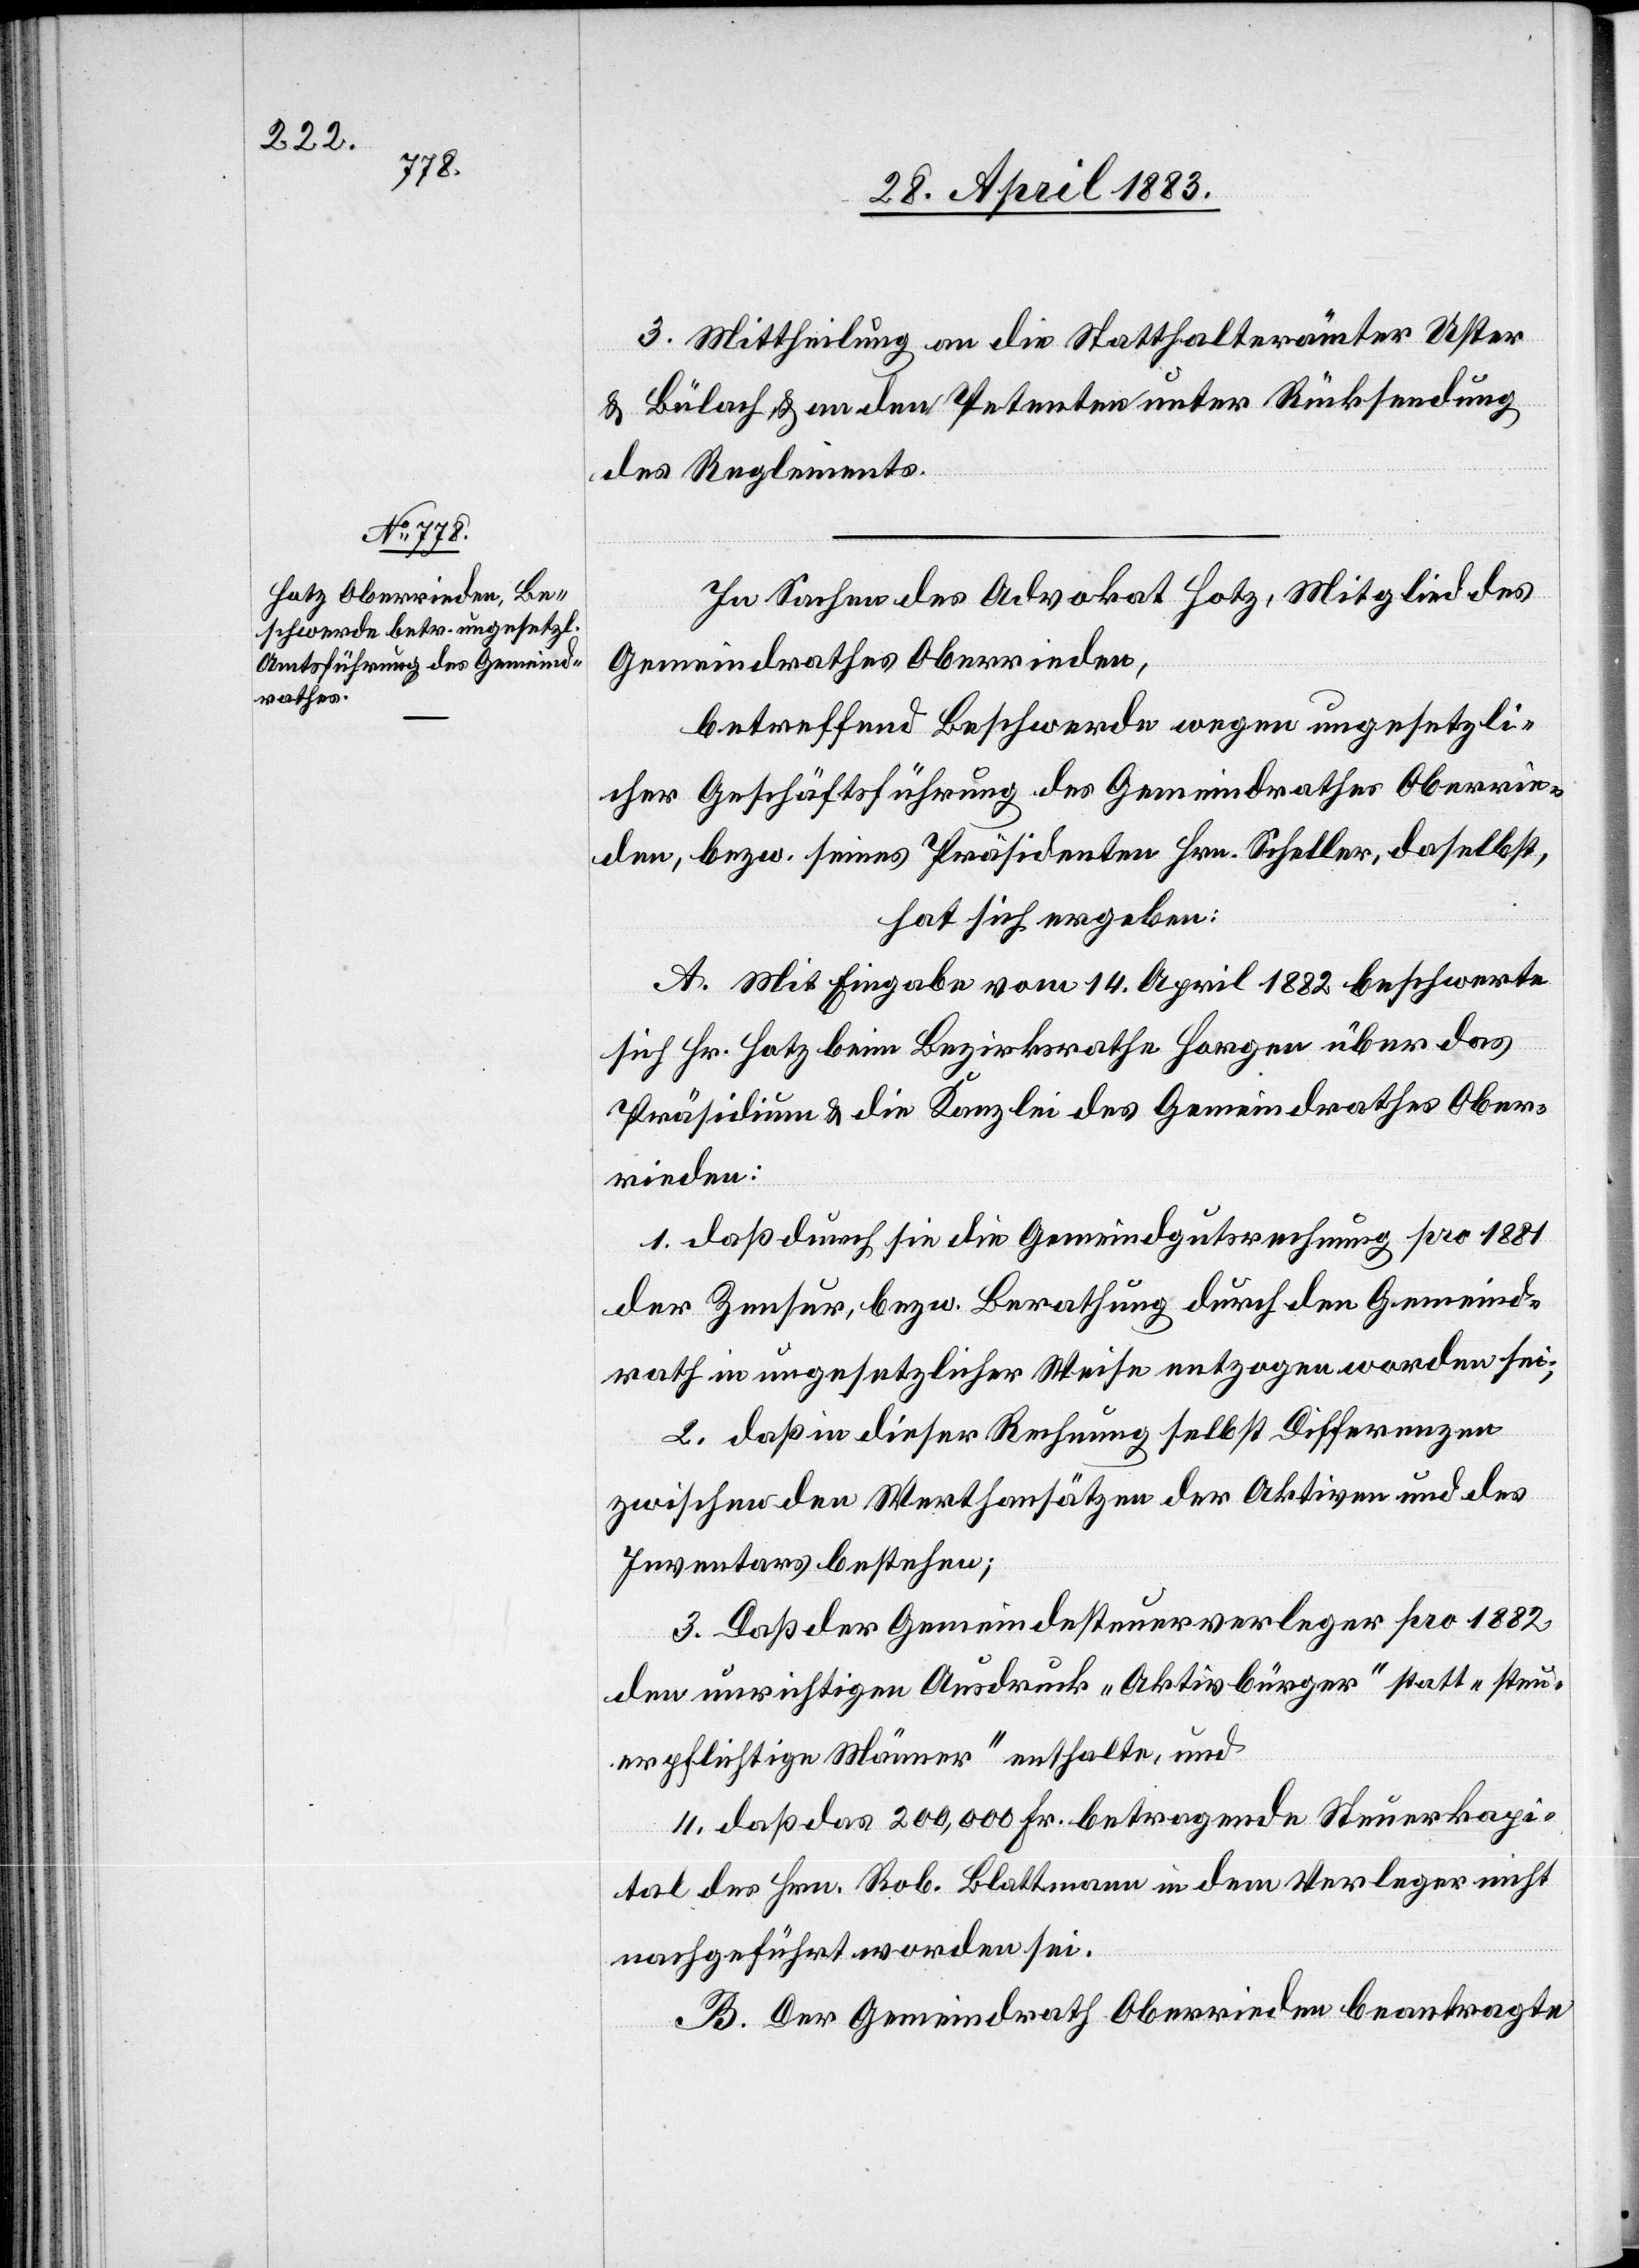
3. Mittheilung an die Statthalterämter Uster
& Bülach & an den Petenten unter Rücksendung
des Reglements.
In Sachen des Advokat Hotz, Mitglied des
Gemeindrathes Oberrieden,
betreffend Beschwerde wegen ungesetzli¬
cher Geschäftsführung des Gemeindrathes Oberrie¬
den, bezw. seines Präsidenten Hrn. Scheller, daselbst,
hat sich ergeben:
A. Mit Eingabe vom 14. April 1882 beschwerte
sich Hr. Hotz beim Bezirksrathe Horgen über das
Präsidium & die Kanzlei des Gemeindrathes Ober¬
rieden:
1. daß durch sie die Gemeindgutsrechnung pro 1881
der Zensur, bezw. Berathung durch den Gemeind¬
rath in ungesetzlicher Weise entzogen worden sei;
2. daß in dieser Rechnung selbst Differenzen
zwischen den Martkansätzen der Aktiven und des
Inventars bestehen;
3. Daß der Gemeindesteuerverleger pro 1882
den unrichtigen Ausdruck „Aktivbürger“ statt „steu¬
erpflichtige Männer“ enthalte, und
4. daß das 200,000 Fr. betragende Steuerkapi¬
tal des Hrn. Rob. Blattmann in dem Verleger nicht
nachgeführt worden sei.
B. Der Gemeindrath Oberrieden beantragte